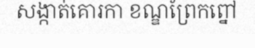
សង្កាត់គោរកា ខណ្ឌព្រែកព្នៅ